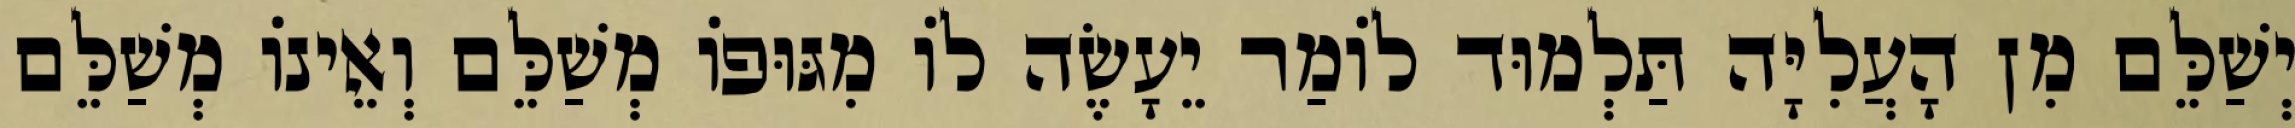
יְשַׁלֵּם מִן הָעֲלִיָּה תַּלְמוּד לוֹמַר יֵעָשֶׂה לוֹ מִגּוּפוֹ מְשַׁלֵּם וְאֵינוֹ מְשַׁלֵּם